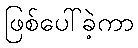
ဖြစ်ပေါ်ခဲ့ကာ